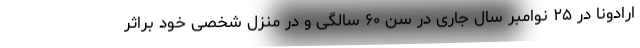
ارادونا در ۲۵ نوامبر سال جاری در سن ۶۰ سالگی و در منزل شخصی خود براثر